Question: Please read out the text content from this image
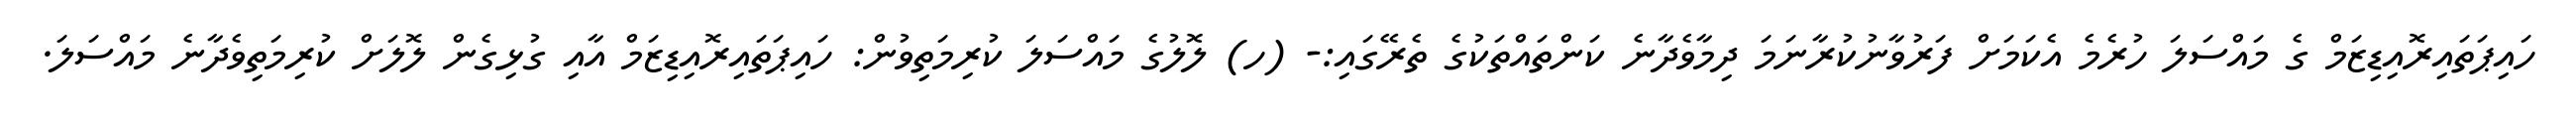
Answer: ހައިޕަތައިރޮއިޑިޒަމް ގެ މައްސަލަ ހުރެމެ އެކަމަށް ފަރުވާނުކުރާނަމަ ދިމާވެދާނެ ކަންތައްތަކުގެ ތެރޭގައި:- (ހ) ލޮލުގެ މައްސަލަ ކުރިމަތިވުން: ހައިޕަތައިރޮއިޑިޒަމް އާއި ގުޅިގެން ލޮލަށް ކުރިމަތިވެދާނެ މައްސަލަ.